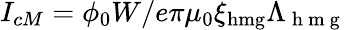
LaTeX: I_{cM}=\phi_{0}W/e\pi\mu_{0}\xi_{\mathrm{hmg}}\Lambda_{\mathrm{~h~m~g~}}